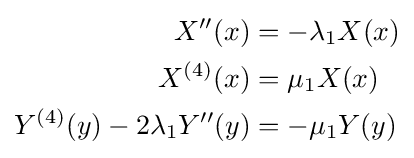
{\begin{aligned}X''(x)&=-\lambda _{1}X(x)\\X^{(4)}(x)&=\mu _{1}X(x)\\Y^{(4)}(y)-2\lambda _{1}Y''(y)&=-\mu _{1}Y(y)\end{aligned}}